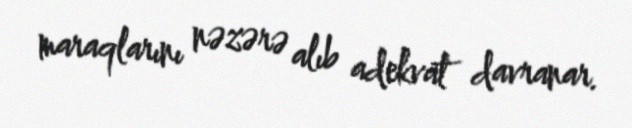
maraqlarını nəzərə alıb adekvat davranar.